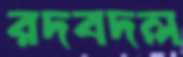
রদবদল